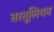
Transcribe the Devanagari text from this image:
तरतूलियन